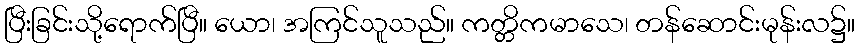
ပြီးခြင်းသို့ရောက်ပြီ။ ယော၊ အကြင်သူသည်။ ကတ္တိကမာသေ၊ တန်ဆောင်းမုန်းလ၌။